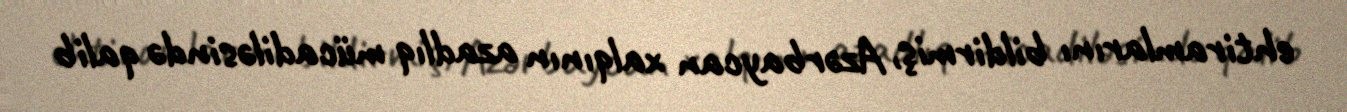
ehtiramlarını bildirmiş, Azərbaycan xalqının azadlıq mücadiləsində qalib